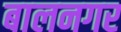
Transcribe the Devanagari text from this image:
बालनगर